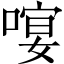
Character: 𠻈